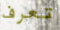
تعرف